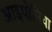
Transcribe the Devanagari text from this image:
आइपोमिया